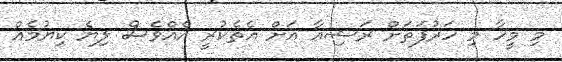
މި މީހާ މި ހަރުފަތަށް ރަޝިއާ އަށް އެތެކުރީ އެއްވެސް ލިޔެ ކިޔުމެއް